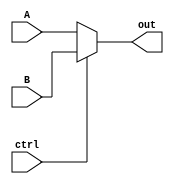
/*
 * ECE3710 Lab 2
 * This file contains a 2to1 and a 16to1 multiplexor.
 * 
 *
 */
 
module mux2to1(A, B, ctrl, out);
	input [15:0] A, B;
	input ctrl;
	output reg[15:0] out;
	
	always @(A, B, ctrl)
		if(ctrl == 0)
			out = A;
		else
			out = B;
endmodule

module mux4to1(A, B, C, D, ctrl, out);
	input [15:0] A, B, C, D;
	input [1:0] ctrl;
	output[15:0] out;
	wire [15:0] out1, out2;
	
	mux2to1 M1 (A, B, ctrl[0], out1);
	mux2to1 M2 (C, D, ctrl[0], out2);
	mux2to1 Mout(out1, out2, ctrl[1], out);
endmodule


module mux16to1(R0, R1, R2, R3, R4, R5, R6, R7, R8, R9, R10, R11, R12, R13, R14, R15, ctrl, out);
	input [15:0] R0, R1, R2, R3, R4, R5, R6, R7, R8, R9, R10, R11, R12, R13, R14, R15;
	input[3:0] ctrl;
	output[15:0] out;
	wire[15:0] a, b, c, d;
	
	mux4to1 M1 (R0, R1, R2, R3, ctrl[1:0], a);
	mux4to1 M2 (R4, R5, R6, R7, ctrl[1:0], b);
	mux4to1 M3 (R8, R9, R10, R11, ctrl[1:0], c);
	mux4to1 M4 (R12, R13, R14, R15, ctrl[1:0], d);
	mux4to1 Mout (a, b, c, d, ctrl[3:2], out);
endmodule

module IR_Register(incomingdata, outgoingdata, IREnable, clk);
output reg[15:0] outgoingdata;
input[15:0] incomingdata;
input clk,IREnable;

always @( posedge clk )
	begin
		if(IREnable)
			outgoingdata <= incomingdata;
		else
			outgoingdata <= outgoingdata;
	end
	
endmodule